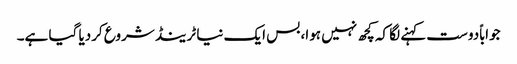
جواباًدوست کہنے لگا کہ کچھ نہیں ہوا، بس ایک نیا ٹرینڈ شروع کردیا گیا ہے۔